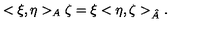
< \xi , \eta > _ { A } \zeta = \xi < \eta , \zeta > _ { \hat { A } } .